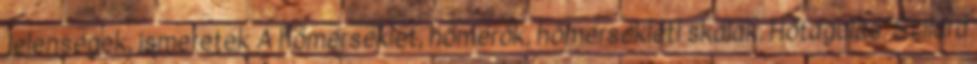
jelenségek, ismeretek A hőmérséklet, hőmérők, hőmérsékleti skálák. Hőtágulás. Szilárd